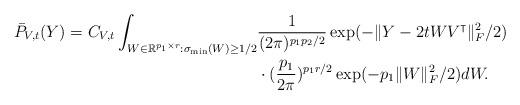
LaTeX: \begin{align*}\bar{P}_{V, t}(Y) = C_{V, t}\int_{W\in \mathbb{R}^{p_1\times r}: \sigma_{\min}(W) \geq 1/2} &\frac{1}{(2\pi)^{p_1p_2/2}}\exp(-\|Y - 2t WV^{\intercal}\|_F^2/2 )\\& \cdot (\frac{p_1}{2\pi})^{p_1r/2}\exp(-p_1\|W\|_F^2/2) dW.\end{align*}